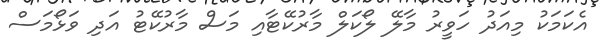
އެކަމަކު މިއަދު ހަވީރު މާލޭ ލޯކަލް މާރުކޭޓާއި މަސް މާރުކޭޓު އަދި ވަޅޯމަސް